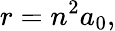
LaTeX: r=n^{2}a_{0},